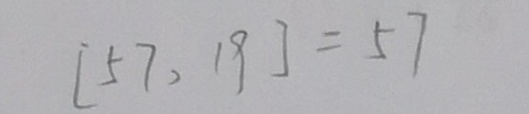
[ 5 7 , 1 9 ] = 5 7